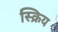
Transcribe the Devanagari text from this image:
स्क्रिय